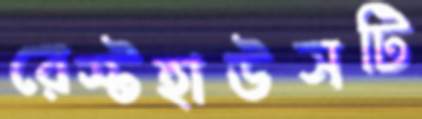
রেস্টহাউসটি